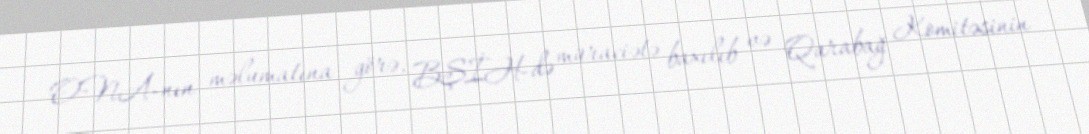
ONA-nın məlumatına görə, BŞİH-də müraciətə baxılıb və Qarabağ Komitəsinin